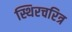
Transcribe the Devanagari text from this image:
स्थिरचरित्र